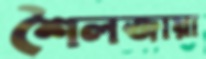
শৈলজায়া